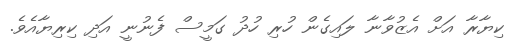
ކިޔާރާ އަށް އެޒުވާނާ ލައިގެން ހުރި ހުދު ގަމީސް ފެނުނީ އަދި ކިރިޔާއެވެ.